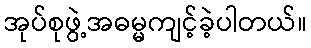
အုပ်စုဖွဲ့အဓမ္မကျင့်ခဲ့ပါတယ်။